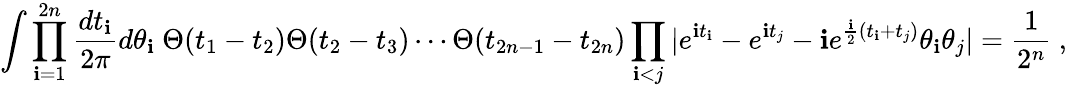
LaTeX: \int\prod_{\mathbf{i}=1}^{2n}{\frac{{dt_{\mathbf{i}}}}{{2\pi}}}d\theta_{\mathbf{i}}~\Theta(t_{1}-t_{2})\Theta(t_{2}-t_{3})\cdots\Theta(t_{2n-1}-t_{2n})\prod_{\mathbf{i}<j}|e^{\mathbf{i}t_{\mathbf{i}}}-e^{\mathbf{i}t_{j}}-\mathbf{i}e^{\frac{{\mathbf{i}}}{{2}}(t_{\mathbf{i}}+t_{j})}\theta_{\mathbf{i}}\theta_{j}|={\frac{{1}}{{2^{n}}}}~,